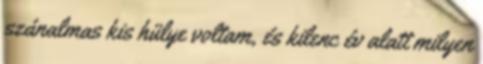
szánalmas kis hülye voltam, és kilenc év alatt milyen